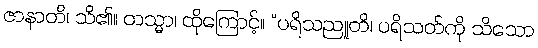
ဇာနာတိ၊ သိ၏။ တသ္မာ၊ ထိုကြောင့်။ “ပရိသညူတိ၊ ပရိသတ်ကို သိသော